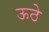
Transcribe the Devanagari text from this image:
ऊठे